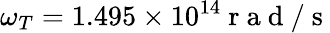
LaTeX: \omega_{T}=1.495\times 10^{14}\mathrm{~r~a~d~/~s~}